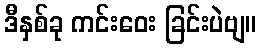
ဒီနှစ်ခု ကင်းဝေး ခြင်းပဲဗျ။